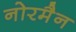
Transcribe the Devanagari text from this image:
नोरमैन